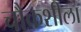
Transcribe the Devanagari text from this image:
चौकशीला